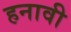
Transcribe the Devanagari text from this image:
हनावी